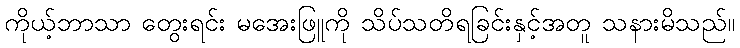
ကိုယ့်ဘာသာ တွေးရင်း မအေးဖြူကို သိပ်သတိရခြင်းနှင့်အတူ သနားမိသည်။